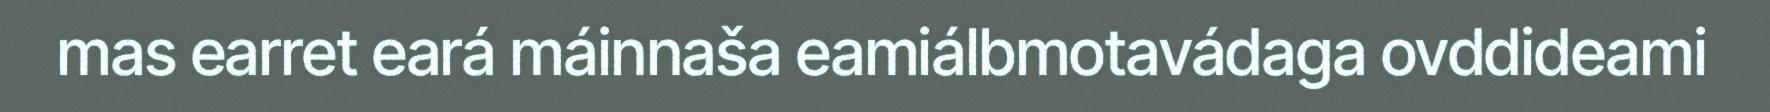
mas earret eará máinnaša eamiálbmotavádaga ovddideami